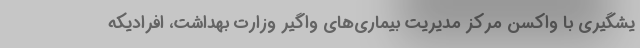
یشگیری با واکسن مرکز مدیریت بیماری‌های واگیر وزارت بهداشت، افرادیکه